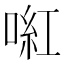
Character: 𠸣